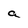
Character: a